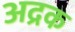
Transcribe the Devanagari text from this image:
अद्रक